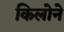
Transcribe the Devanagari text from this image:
किलोने